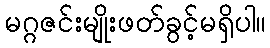
မဂ္ဂဇင်းမျိုးဖတ်ခွင့်မရှိပါ။